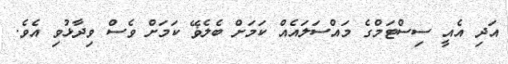
އަދި އެއީ ސިސްޓަމްގެ މައްސަލައެއް ކަމަށް ބެލެޥޭ ކަމަށް ވެސް ވިދާޅުވި އެވެ.